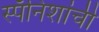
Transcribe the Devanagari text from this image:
स्पॅनिशांची